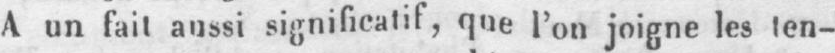
A un fait aussi significatif, que l’on joigne les ten-